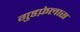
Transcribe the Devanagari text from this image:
गुडफ़ेलास